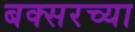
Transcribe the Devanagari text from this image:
बक्सरच्या